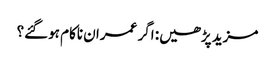
مزید پڑھیں: اگر عمران ناکام ہوگئے؟